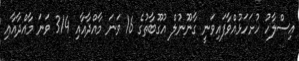
އިސްލާހު ހުށަހަޅުއްވާފައިވަނީ ގާނޫނުލް އުގޫބާތުގެ 16 ވަނަ މާއްދާއާއި 314 ވަނަ މާއްދާއާއި